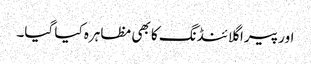
اور پیرا گلائنڈنگ کا بھی مظاہرہ کیا گیا۔